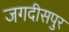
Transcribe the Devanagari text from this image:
जगदीसपुर